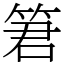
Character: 䇹